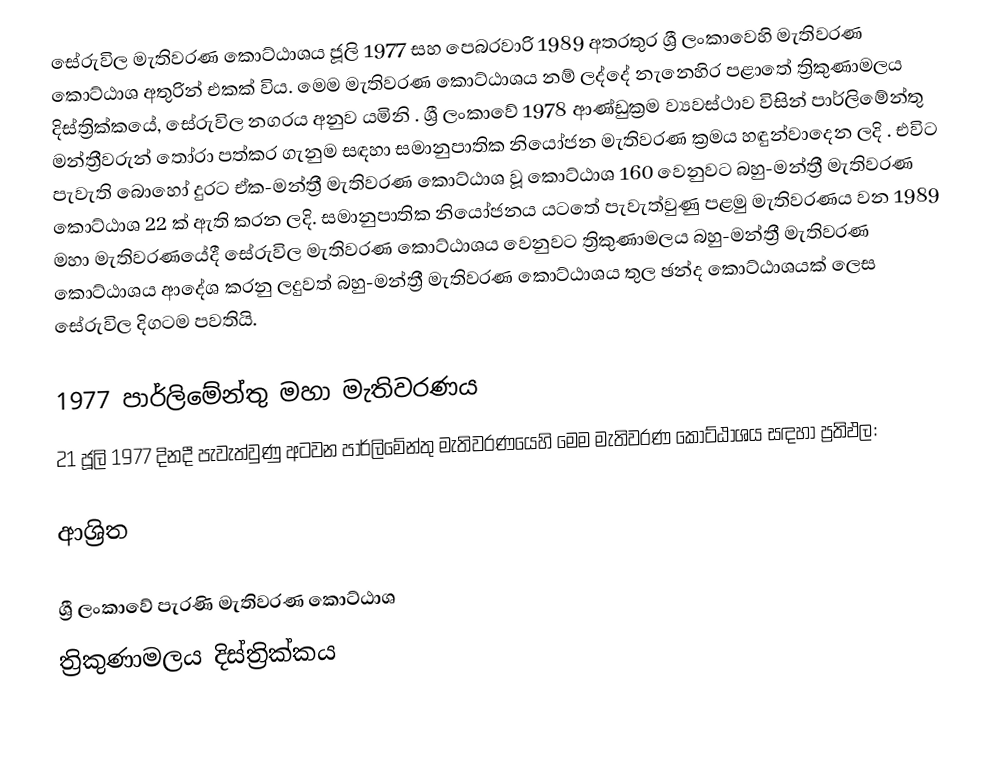
සේරුවිල මැතිවරණ කොට්ඨාශය  ජූලි 1977 සහ පෙබරවාරි 1989 අතරතුර  ශ්‍රී ලංකාවෙහි  මැතිවරණ කොට්ඨාශ අතුරින් එකක් විය. මෙම මැතිවරණ කොට්ඨාශය නම් ලද්දේ  නැනෙහිර පළාතේ  ත්‍රිකුණාමලය දිස්ත්‍රික්කයේ,  සේරුවිල නගරය අනුව යමිනි . ශ්‍රී ලංකාවේ 1978 ආණ්ඩුක්‍රම ව්‍යවස්ථාව විසින්   පාර්ලිමේන්තු මන්ත්‍රීවරුන් තෝරා පත්කර ගැනුම සඳහා සමානුපාතික නියෝජන මැතිවරණ ක්‍රමය හඳුන්වාදෙන ලදි . එවිට පැවැති බොහෝ දුරට  ඒක-මන්ත්‍රී මැතිවරණ කොට්ඨාශ වූ කොට්ඨාශ 160 වෙනුවට බහු-මන්ත්‍රී මැතිවරණ කොට්ඨාශ 22 ක් ඇති කරන ලදි. සමානුපාතික නියෝජනය යටතේ පැවැත්වුණු  පළමු මැතිවරණය වන 1989 මහා මැතිවරණයේදී  සේරුවිල මැතිවරණ කොට්ඨාශය වෙනුවට  ත්‍රිකුණාමලය බහු-මන්ත්‍රී මැතිවරණ කොට්ඨාශය  ආදේශ කරනු ලදුවත් බහු-මන්ත්‍රී මැතිවරණ කොට්ඨාශය තුල ඡන්ද කොට්ඨාශයක් ලෙස සේරුවිල දිගටම පවතියි.

1977 පාර්ලිමේන්තු මහා මැතිවරණය
21 ජූලි 1977 දිනදී පැවැත්වුණු   අටවන පාර්ලිමේන්තු මැතිවරණයෙහි මෙම මැතිවරණ කොට්ඨාශය සඳහා ප්‍රතිඵල:

ආශ්‍රිත

ශ්‍රී ලංකාවේ පැරණි මැතිවරණ කොට්ඨාශ
ත්‍රිකුණාමලය දිස්ත්‍රික්කය